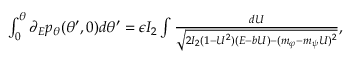
\begin{array} { r } { \int _ { 0 } ^ { \theta } \partial _ { E } p _ { \theta } ( \theta ^ { \prime } , 0 ) d \theta ^ { \prime } = \epsilon I _ { 2 } \int \frac { d U } { \sqrt { 2 I _ { 2 } ( 1 - U ^ { 2 } ) ( E - b U ) - ( m _ { \varphi } - m _ { \psi } U ) ^ { 2 } } } , } \end{array}